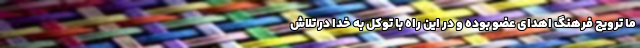
ما ترویج فرهنگ اهدای عضو بوده و در این راه با توکل به خدا در تلاش